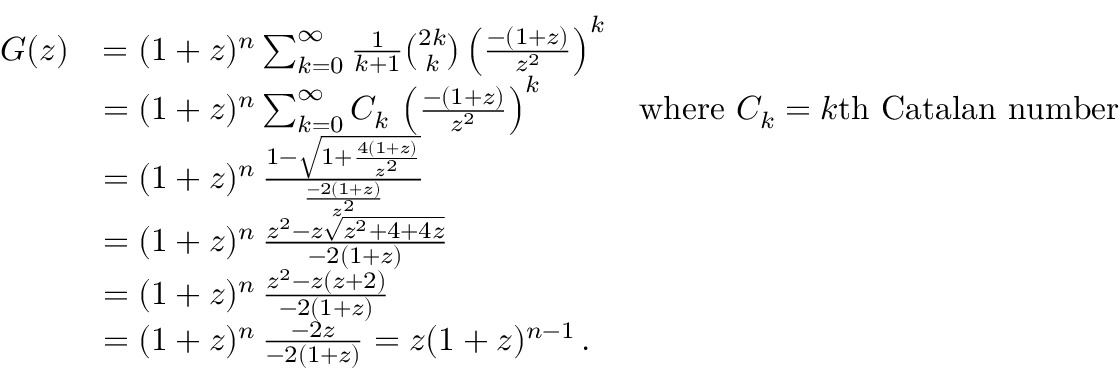
{ \begin{array} { r l r } { G ( z ) } & { = ( 1 + z ) ^ { n } \sum _ { k = 0 } ^ { \infty } { \frac { 1 } { k + 1 } } { \binom { 2 k } { k } } \left( { \frac { - ( 1 + z ) } { z ^ { 2 } } } \right) ^ { k } } \\ & { = ( 1 + z ) ^ { n } \sum _ { k = 0 } ^ { \infty } C _ { k } \, \left( { \frac { - ( 1 + z ) } { z ^ { 2 } } } \right) ^ { k } } & { { \mathrm { w h e r e ~ } } C _ { k } = k { \mathrm { t h ~ C a t a l a n ~ n u m b e r } } } \\ & { = ( 1 + z ) ^ { n } \, { \frac { 1 - { \sqrt { 1 + { \frac { 4 ( 1 + z ) } { z ^ { 2 } } } } } } { \frac { - 2 ( 1 + z ) } { z ^ { 2 } } } } } \\ & { = ( 1 + z ) ^ { n } \, { \frac { z ^ { 2 } - z { \sqrt { z ^ { 2 } + 4 + 4 z } } } { - 2 ( 1 + z ) } } } \\ & { = ( 1 + z ) ^ { n } \, { \frac { z ^ { 2 } - z ( z + 2 ) } { - 2 ( 1 + z ) } } } \\ & { = ( 1 + z ) ^ { n } \, { \frac { - 2 z } { - 2 ( 1 + z ) } } = z ( 1 + z ) ^ { n - 1 } \, . } \end{array} }